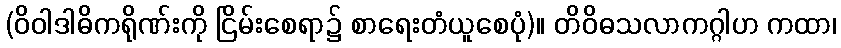
(ဝိဝါဒါဓိကရိုဏ်းကို ငြိမ်းစေရာ၌ စာရေးတံယူစေပုံ)။ တိဝိဓသလာကဂ္ဂါဟ ကထာ၊